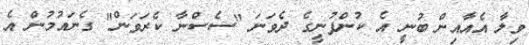
ވިލާ އެއާއިން ބުނީ އެ ކުންފުނީގެ ދެވަނަ "ސެސްނާ ކެރަވަން" ގެނައުމުން އެ